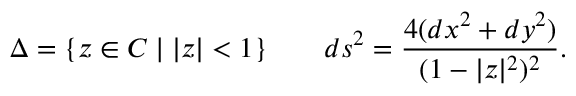
\Delta = \{ z \in C \mid | z | < 1 \} \qquad d s ^ { 2 } = \frac { 4 ( d x ^ { 2 } + d y ^ { 2 } ) } { ( 1 - | z | ^ { 2 } ) ^ { 2 } } .